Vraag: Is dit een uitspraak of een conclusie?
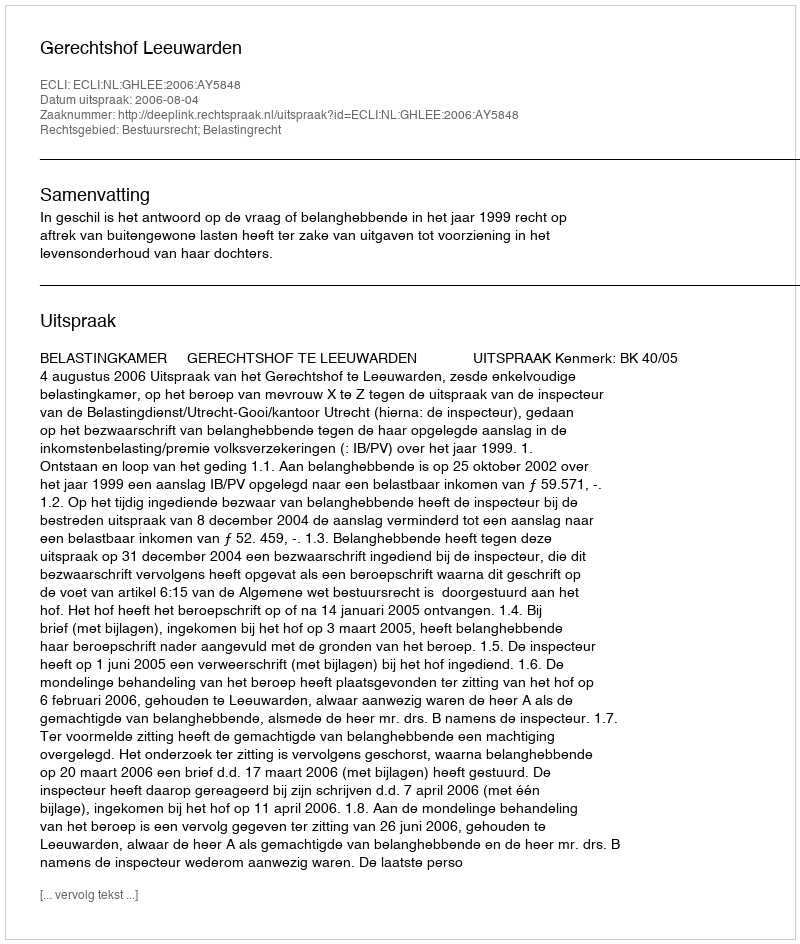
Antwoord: Uitspraak